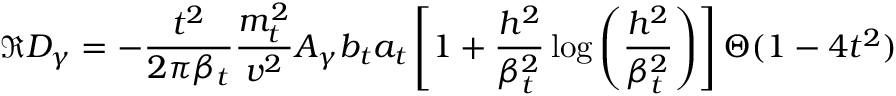
\Re D _ { \gamma } = - \frac { t ^ { 2 } } { 2 \pi \beta _ { t } } \frac { m _ { t } ^ { 2 } } { v ^ { 2 } } A _ { \gamma } b _ { t } a _ { t } \left[ 1 + \frac { h ^ { 2 } } { \beta _ { t } ^ { 2 } } \log \left( \frac { h ^ { 2 } } { \beta _ { t } ^ { 2 } } \right) \right] \Theta ( 1 - 4 t ^ { 2 } )